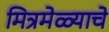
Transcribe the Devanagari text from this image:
मित्रमेळ्याचे